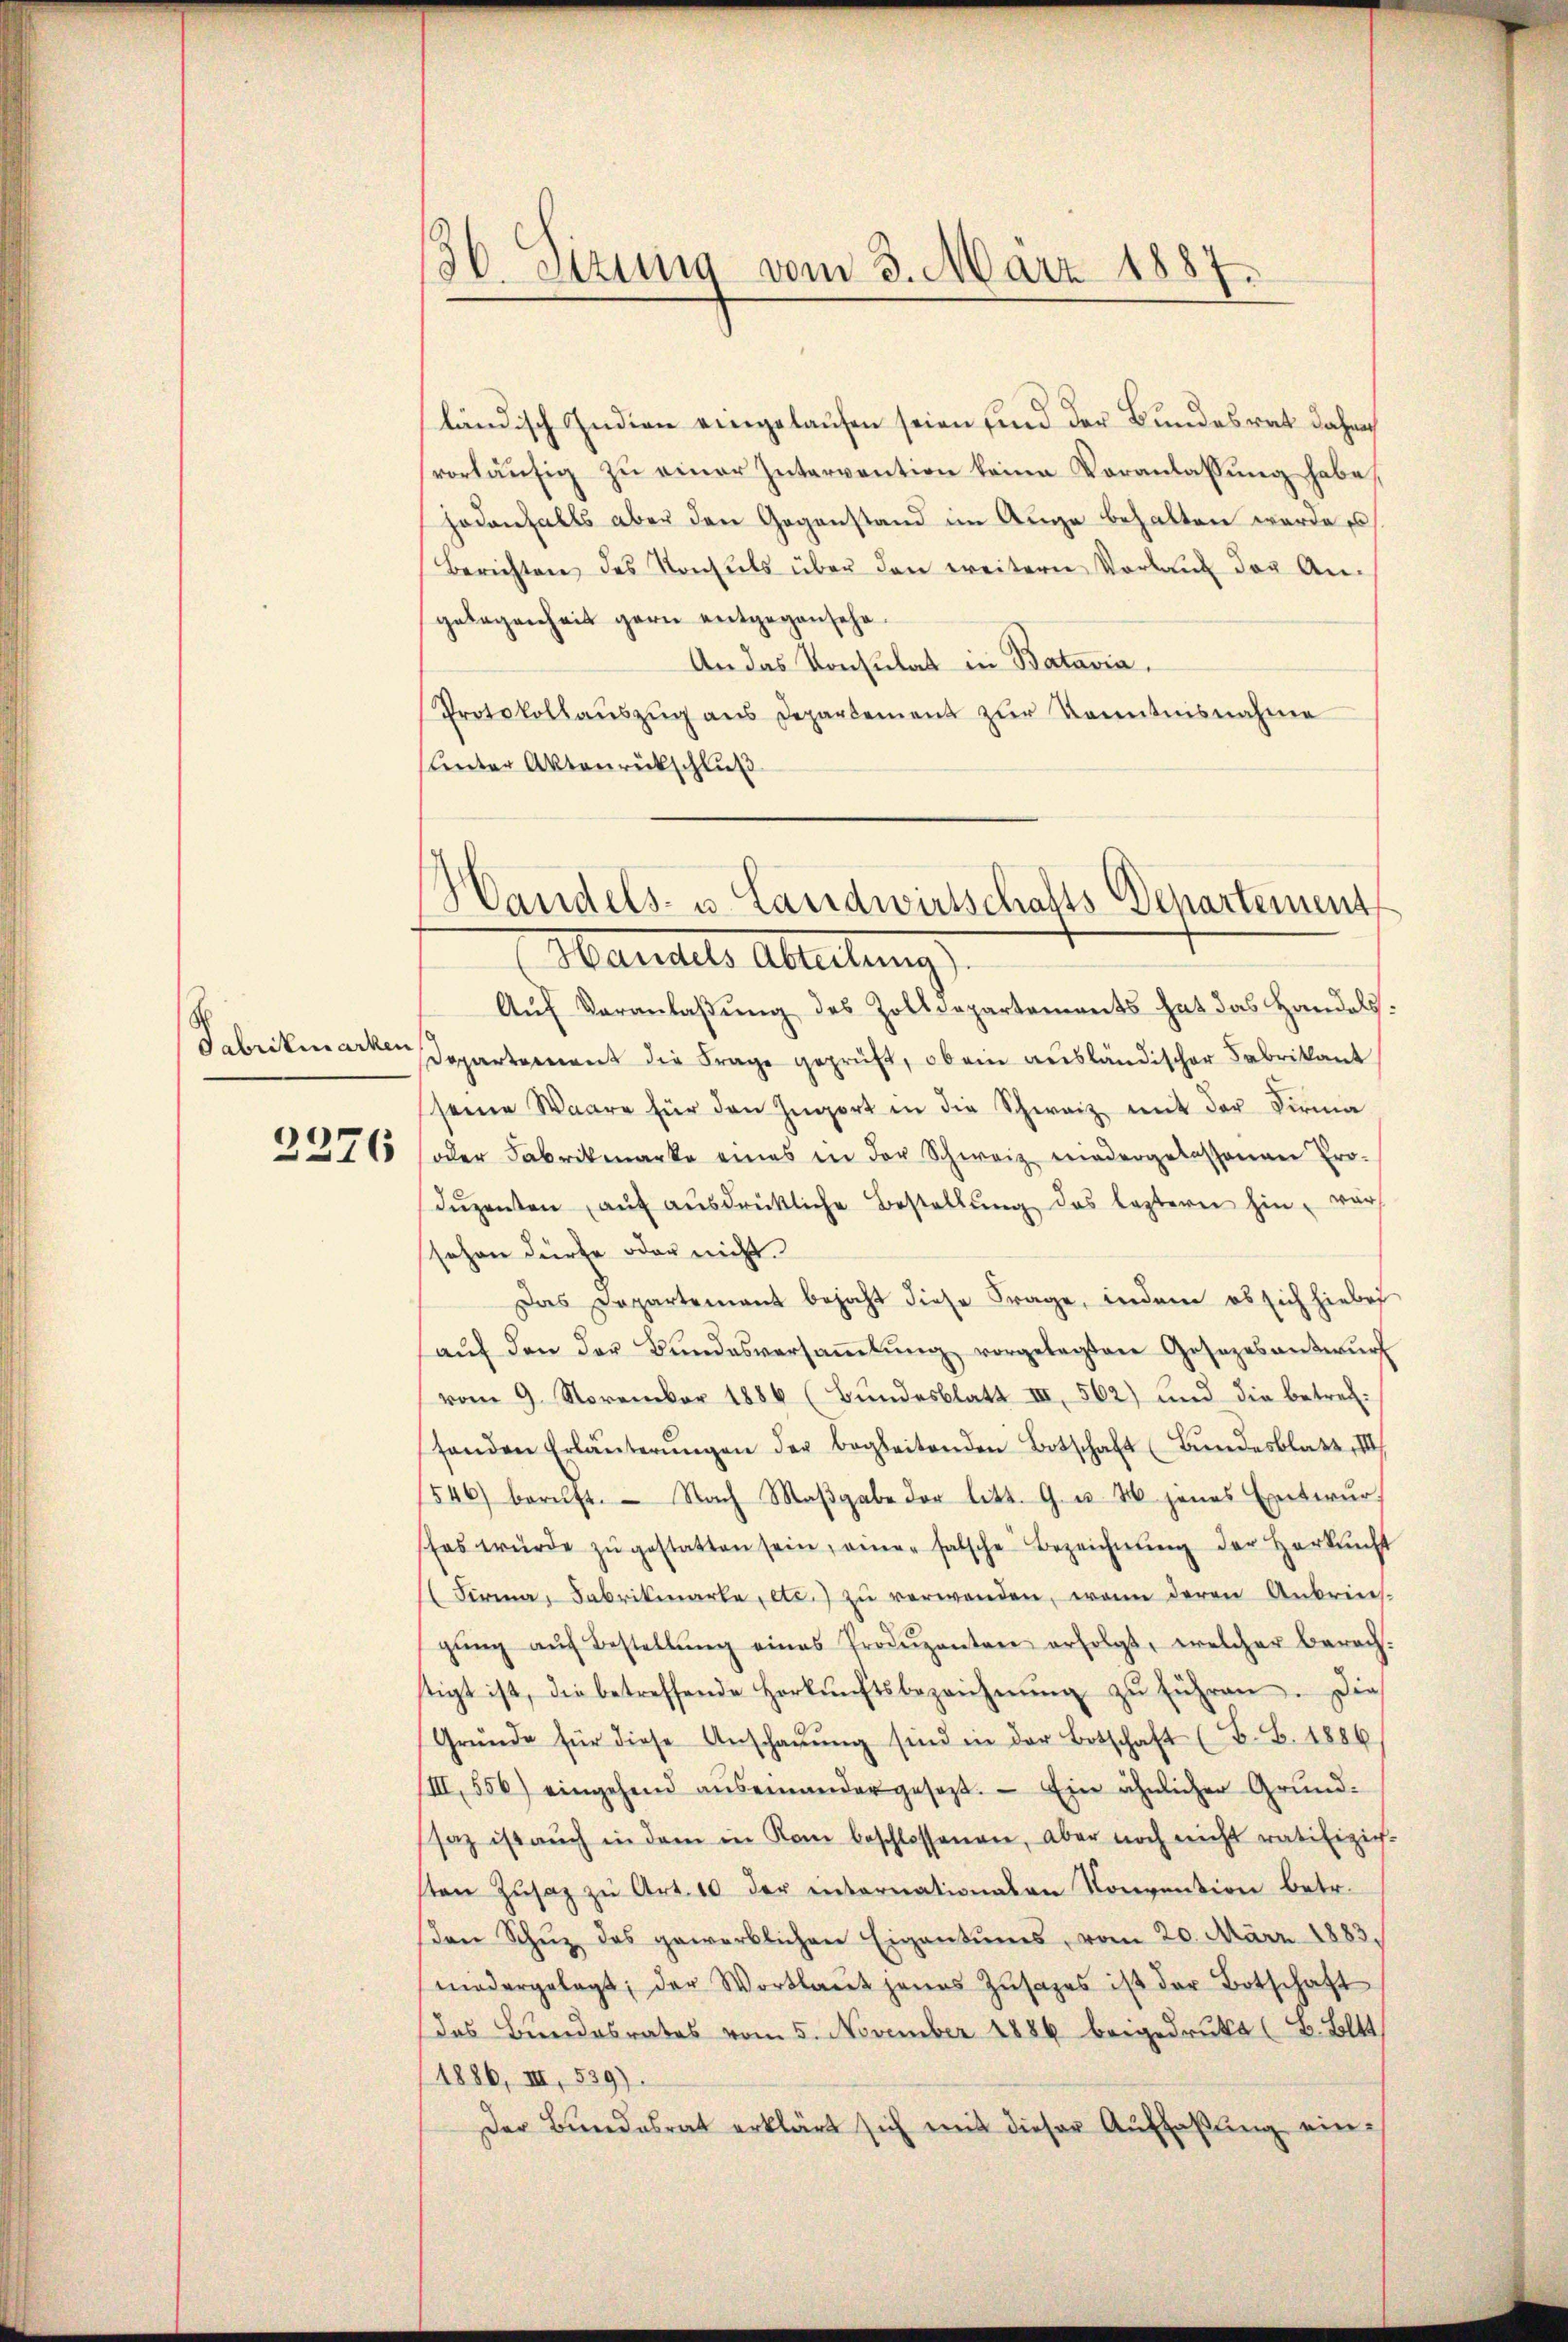
2276

36. Sizung vom 3. März 1887.

ländisch Indien eingelaufen seien sind der Bundesrat daher
vorläŭfig zŭ einer Intervention keine Veranlassung habe,
hodenfalls aber den Gegenstand im Auge behalten werde e
Berichten des Konsuls über den weitern Vorauf der Angelegenheit gern entgegensehe
An das Konsulat in Batavia.
Protokollaŭszŭg ans Departement zŭr Kenntnisnahme
Unter Aktenrückschluß

Handels- u. Landwirtschafts-Departement

Handels Abreitungs
Auf Veranlaßung des Zolldepartements hat das Handels.
Fabrikmarken Departement die Frage geprüft, ob ein ausländischer Fabrikant
seine Waare für den Ingort in die Schweiz mit der Firma
oder Fabrikmarke eines in der Schweiz wiedergelassenen Pro-
dŭzenten aŭf aŭsdrückliche Bestellŭng des leztern hin, vor
sehen dürfe oder nicht.
Das Departement bejaht diese Frage, indem es sich hiebei
aŭf den der Bŭndesversaṁlŭng vorgelegten Gesezes antwŭrf
vom 9. November 1886 (Bundesblatt III 562) und die betrethanden Erläuterŭngen der begleitenden Botschaft (Bŭndesblatt, III
1546) beruft. Nach Maβgabe der litt. G. u. 46 jenes Entwŭrf
Es würde zŭ gestatten sein, einer falsche Bezeichnung der Herkunft
(Firma, Fabrikarte, etc.) zu verwenden, wenn deren Anbreich-
gŭng aŭf Bestellŭng eines Produzenten erfolgt, welcher berech-
stigt ist, die betreffende Horkŭnftsbezeichnŭng zŭ führen. Die
Grŭnde für diese Anschaŭŭng sind in der Botschaft (T. S. 1886
/III, 556) eingehend aŭs einandergesezt. Ein ähnlicher Grund-
saz ist aŭch in dem in Kam beschlossenen, aber noch nicht ratifizieh-
sten Zŭsaz zu Art. 10 der internationen Konvention betr.
Den Schŭz das gewerblichen Eigentums, vom 20. März 1883.
niedergelegt; der Wortlaŭt jenes Zŭsazes ist der Botschaft
das Bundesrates vom 5. November 1886 beigedrukt (B. Boltt
(1886, III 539).
Der Bundesrat erklärt sich mit dieser Aŭffaßung ein¬